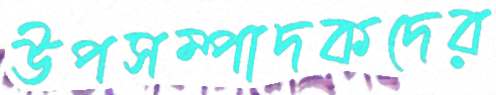
উপসম্পাদকদের